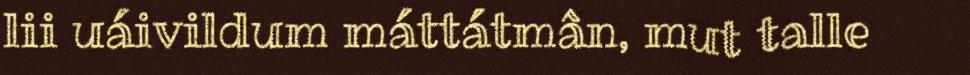
lii uáivildum máttátmân, mut talle